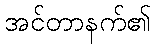
အင်တာနက်၏